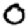
Digit: 0